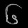
Digit: ၆